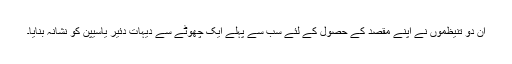
ان دو تنیظموں نے اپنے مقصد کے حصول کے لئے سب سے پہلے ایک چھوٹے سے دیہات دَئیر یاسیپن کو نشانہ بنایا۔